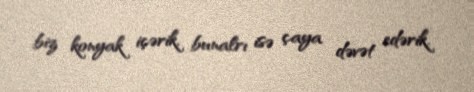
biz konyak içərik, bunalrı isə çaya dəvət edərik.